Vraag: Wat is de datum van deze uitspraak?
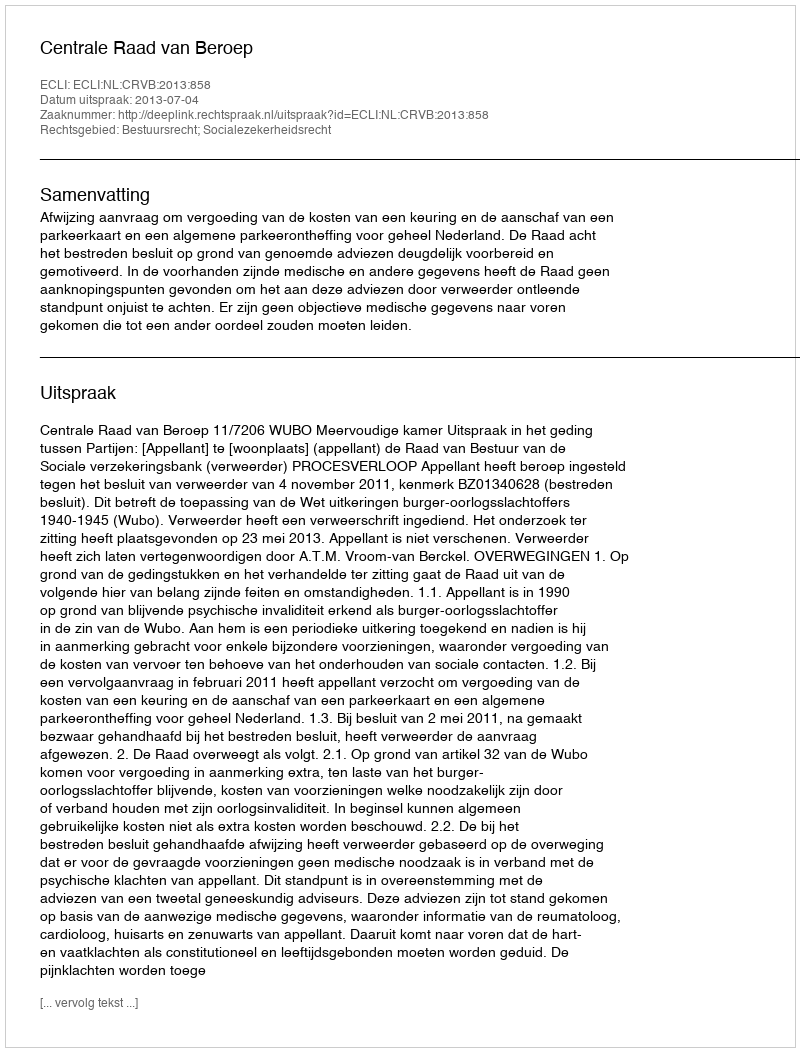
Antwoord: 2013-07-04